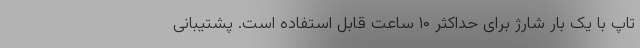
تاپ با یک بار شارژ برای حداکثر ۱۰ ساعت قابل استفاده است. پشتیبانی